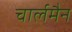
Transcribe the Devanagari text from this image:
चार्लमैन